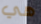
هي